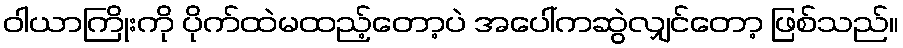
ဝါယာကြိုးကို ပိုက်ထဲမထည့်တော့ပဲ အပေါ်ကဆွဲလျှင်တော့ ဖြစ်သည်။